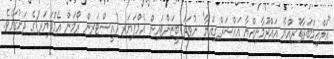
"އަލްއިމްބަރާޠޫރިއްޔާ އައްރޫމާނިއްޔާ އައްޝަރްޤިއްޔާ" ނުވަތަ ބީޒަންޓައިން އެމްޕަޔަރ (އީސްޓަރން ރޯމަން އެމްޕަޔަރ)ގެ ދަށުގައެވެ.